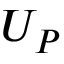
{ \cal U } _ { P }